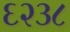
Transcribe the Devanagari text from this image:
६२३८